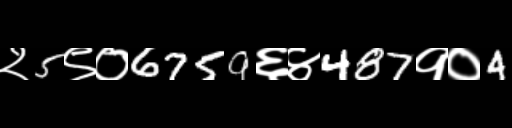
Text: २5९०6759६४487१०4